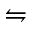
\leftrightharpoons